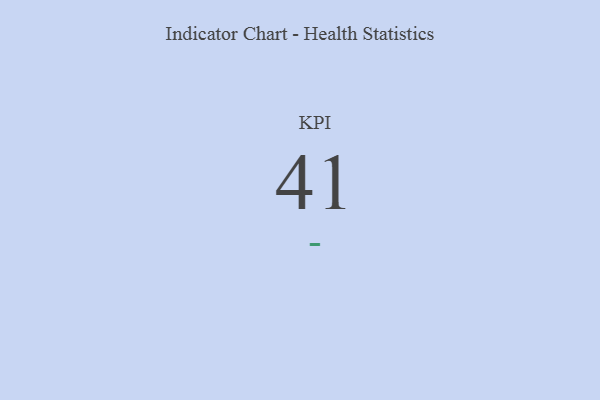
{"axis": {"x": "KPI", "y": "Value"}, "legend": [""], "data": [{"x": "KPI", "y": 41, "type": ""}]}